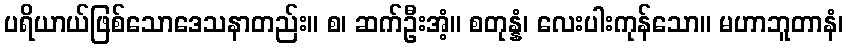
ပရိယာယ်ဖြစ်သောဒေသနာတည်း။ စ၊ ဆက်ဦးအံ့။ စတုန္နံ၊ လေးပါးကုန်သော။ မဟာဘူတာနံ၊